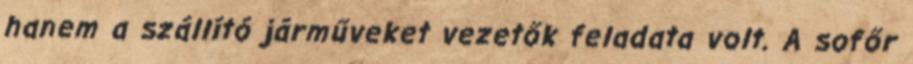
hanem a szállító járműveket vezetők feladata volt. A sofőr